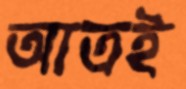
আত্রই